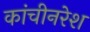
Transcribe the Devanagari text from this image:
कांचीनरेश